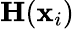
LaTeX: \textbf{H}(\textbf{x}_{i})